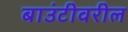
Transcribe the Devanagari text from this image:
बाउंटीवरील